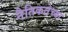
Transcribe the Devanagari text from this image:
नैतिकतेच्या